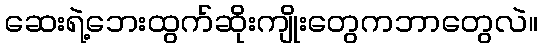
ဆေးရဲ့ဘေးထွက်ဆိုးကျိုးတွေကဘာတွေလဲ။